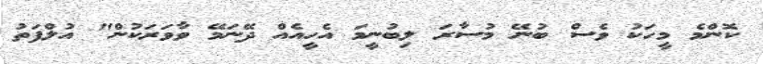
ކޮންމެ މީހަކު ވެސް ބުނޭ މުސާރަ ލިބުނީމަ އެހީއެއް ދޭނަމޭ ވާވަރަކުން" އުލްފަތު